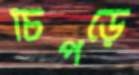
চিপড়ে